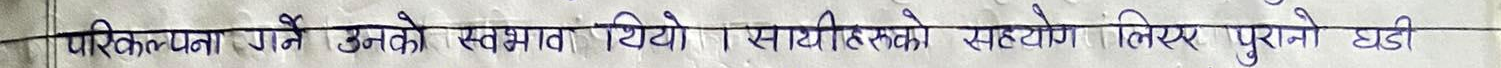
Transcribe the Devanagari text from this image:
परिकल्पना गर्ने उनको स्वभाव थियो । साथीहरूको सहयोग लिएर पुरानो घडी